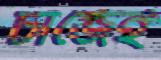
চার্জেই